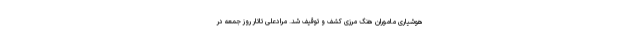
هوشیاری ماموران هنگ مرزی کشف و توقیف شد. مرادعلی تاتار روز جمعه در